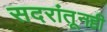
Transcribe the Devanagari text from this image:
सदरांतूनही